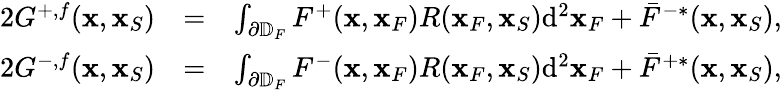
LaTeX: \begin{array}{rlr}{2G^{+,f}({\mathbf x},{\mathbf x}_{S})}&{=}&{\int_{\partial\mathbb{D}_{F}}F^{+}({\mathbf x},{\mathbf x}_{F})R({\mathbf x}_{F},{\mathbf x}_{S})\mathrm{d}^{2}{\mathbf x}_{F}+\bar{F}^{-*}({\mathbf x},{\mathbf x}_{S}),}\\ {2G^{-,f}({\mathbf x},{\mathbf x}_{S})}&{=}&{\int_{\partial\mathbb{D}_{F}}F^{-}({\mathbf x},{\mathbf x}_{F})R({\mathbf x}_{F},{\mathbf x}_{S})\mathrm{d}^{2}{\mathbf x}_{F}+\bar{F}^{+*}({\mathbf x},{\mathbf x}_{S}),}\end{array}